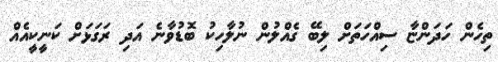
ތިހެން ހަދަންޏާ ސިއްހަތަށް ލިބޭ ގެއްލުން ނުލާހިކު ބޮޑުވާނެ އަދި ރަގަޅަށް ކަނީކީއެއް